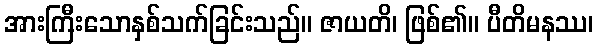
အားကြီးသောနှစ်သက်ခြင်းသည်။ ဇာယတိ၊ ဖြစ်၏။ ပီတိမနဿ၊